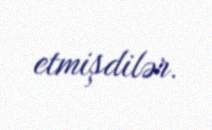
etmişdilər.